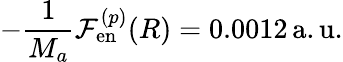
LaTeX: -\frac{1}{M_{a}}\mathcal{F}_{\mathrm{en}}^{(p)}(R)=0.0012\, \mathrm{a.u.}